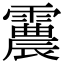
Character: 𩅽